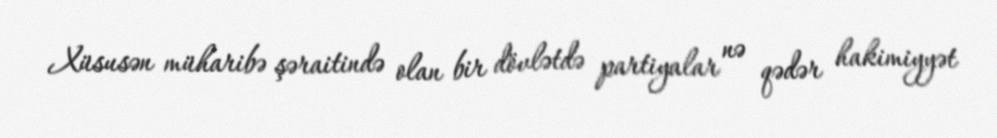
Xüsusən müharibə şəraitində olan bir dövlətdə partiyalar nə qədər hakimiyyət